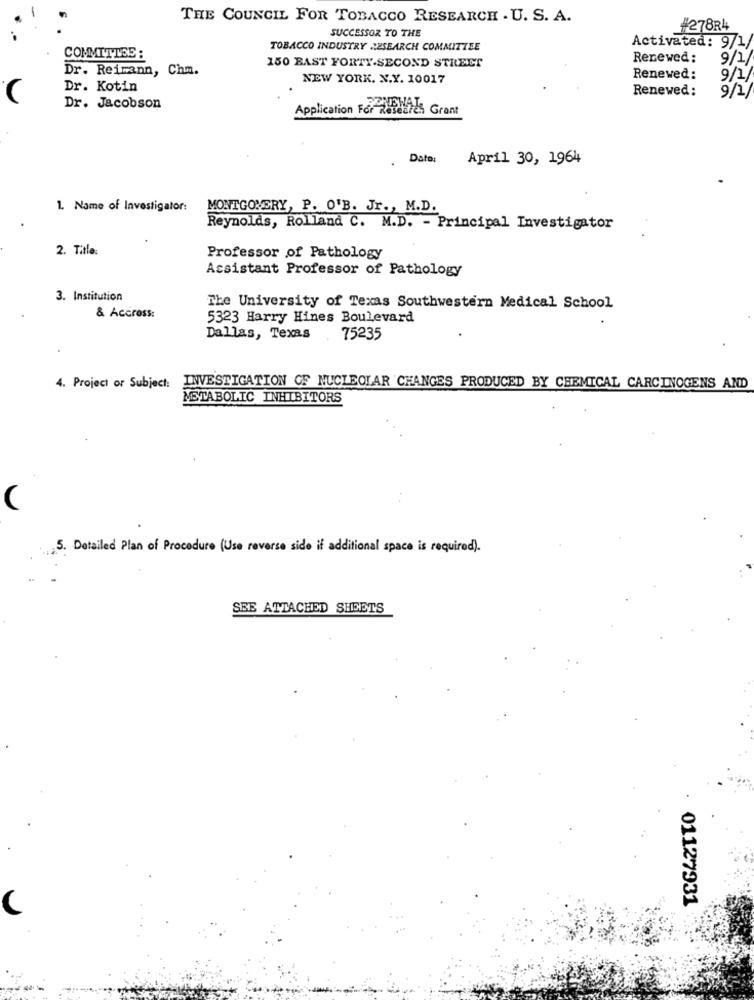
THE COUNCIL FOR TOBACCO RESEARCH . U. S. A.
#278R4
SUCCESSOR TO THE
TOBACCO INDUSTRY RESEARCH COMMITTEE
Activated: 9/1/
COMMITTEE :
Renewed:
Dr. Reimann, Chm.
150 BAST FORTY.SECOND STREET
NEW YORK. X.X. 10017
Renewed:
9/1/
Dr. Kotin
Renewed:
C
Dr. Jacobson
Application For Zesetics Grant
Date:
April 30, 1964
1. Name of Investigator:
MONTGOMERY, P. O'B. Jr ., M.D.
Reynolds, Rolland C. M.D. - Principal Investigator
2. Title:
Professor of Pathology
Assistant Professor of Pathology
3. Institution
The University of Texas Southwestern Medical School
& Accross:
5323 Harry Hines Boulevard
Dallas, Texas 75235
4. Project or Subject:
INVESTIGATION OF NUCLEOLAR CHANGES PRODUCED BY CHEMICAL CARCINOGENS AND
METABOLIC INHIBITORS
...
5. Detailed Plan of Procedure (Use reverse side if additional space is required).
SEE ATTACHED SHEETS
01127931